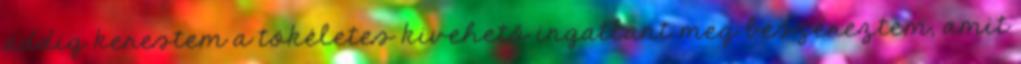
addig kerestem a tökéletes kivehető ingatlant meg beszereztem, amit